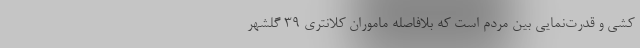
کشی و قدرت‌نمایی بین مردم است که بلافاصله ماموران کلانتری ۳۹ گلشهر